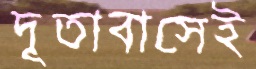
দূতাবাসেই